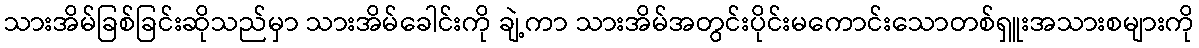
သားအိမ်ခြစ်ခြင်းဆိုသည်မှာ သားအိမ်ခေါင်းကို ချဲ့ကာ သားအိမ်အတွင်းပိုင်းမကောင်းသောတစ်ရှူးအသားစများကို